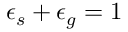
\epsilon _ { s } + \epsilon _ { g } = 1